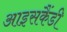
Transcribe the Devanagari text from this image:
आइसकैंडी